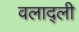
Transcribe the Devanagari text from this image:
वलाद्ली